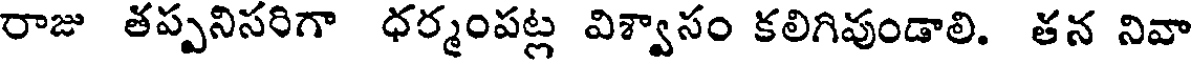
రాజు తప్పనిసరిగా ధర్మంపట్ల విశ్వాసం కలిగివుండాలి. తన నివా